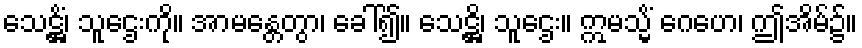
သေဋ္ဌိံ၊ သူဌေးကို။ အာမန္တေတွာ၊ ခေါ်၍။ သေဋ္ဌိ၊ သူဌေး။ ဣမသ္မိံ ဂေဟေ၊ ဤအိမ်၌။